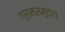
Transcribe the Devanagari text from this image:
ग्रामसमुदाय